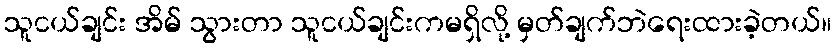
သူငယ်ချင်း အိမ် သွားတာ သူငယ်ချင်းကမရှိလို့ မှတ်ချက်ဘဲရေးထားခဲ့တယ်။